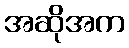
အဆိုအက